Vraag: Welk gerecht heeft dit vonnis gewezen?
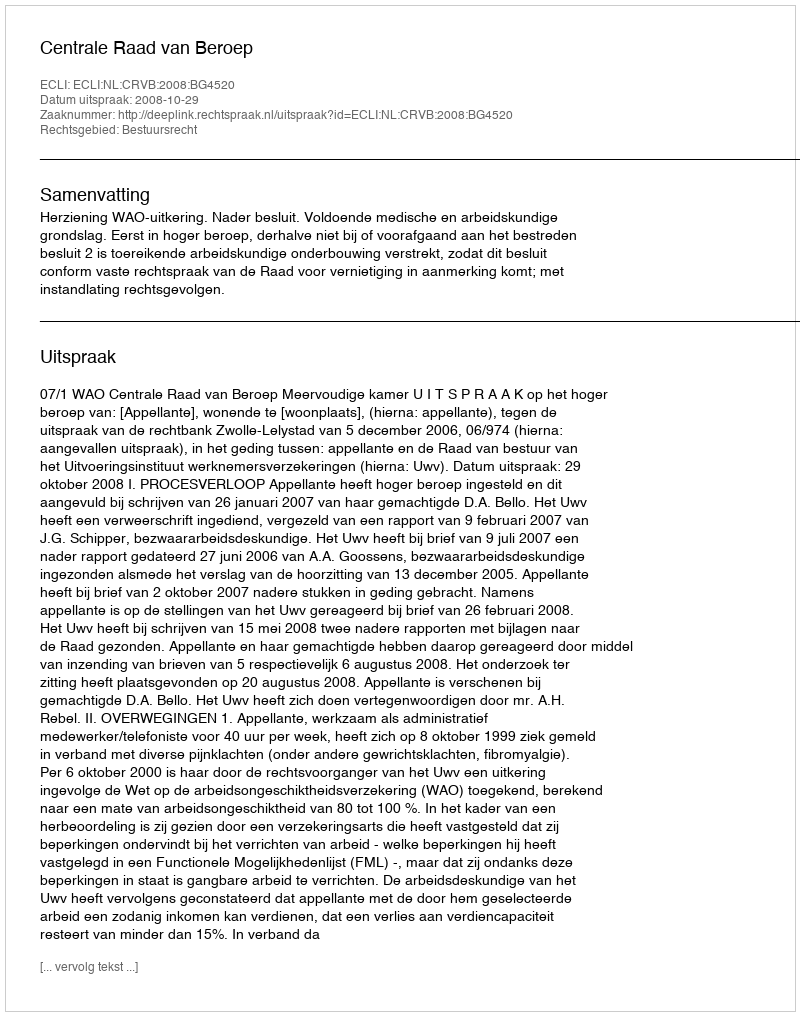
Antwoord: Centrale Raad van Beroep